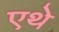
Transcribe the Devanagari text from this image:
एथे